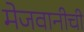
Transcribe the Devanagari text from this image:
मेजवानीची